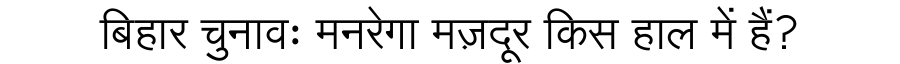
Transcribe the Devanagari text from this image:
बिहार चुनावः मनरेगा मज़दूर किस हाल में हैं?